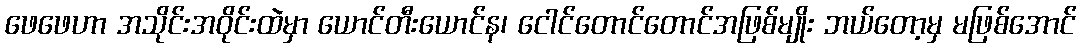
ဖေဖေဟာ အသိုင်းအဝိုင်းထဲမှာ ယောင်တီးယောင်န၊ ငေါင်တောင်တောင်အဖြစ်မျိုး ဘယ်တော့မှ မဖြစ်အောင်